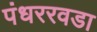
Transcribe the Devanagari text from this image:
पंधररवडा